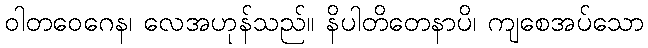
ဝါတဝေဂေန၊ လေအဟုန်သည်။ နိပါတိတေနာပိ၊ ကျစေအပ်သော